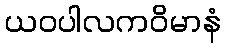
ယဝပါလကဝိမာနံ